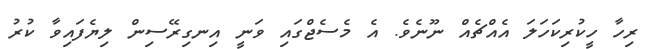
ރިހާ ހީކުރިކަހަލަ އެއްޗެއް ނޫނެވެ. އެ މެސެޖްގައި ވަނީ އިނގިރޭސިން ލިޔެފައިވާ ކުރު